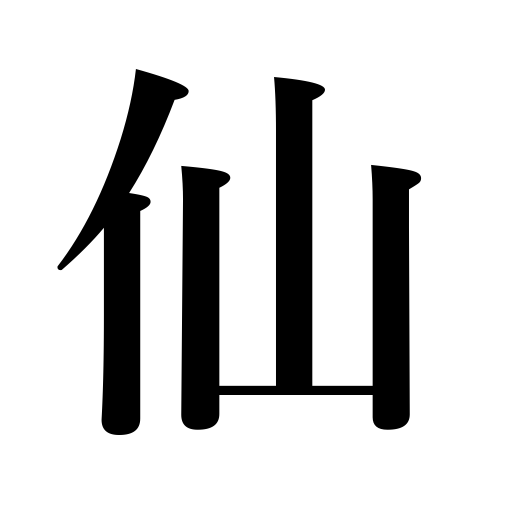
Meanings: wizard,hermit